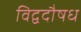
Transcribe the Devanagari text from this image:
विद्वदौषध